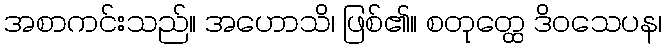
အစာကင်းသည်။ အဟောသိ၊ ဖြစ်၏။ စတုတ္ထေ ဒိဝသေပန၊